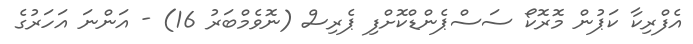
އެފްރިކާ ކަޕުން މޮރޮކޯ ސަސްޕެންޑްކޮށްފި ޕެރިސް (ނޮވެމްބަރު 16) - އަންނަ އަހަރުގެ